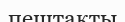
пештақты